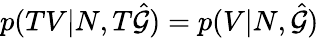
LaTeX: p(TV|N,T\hat{\mathcal{G}})=p(V|N,\hat{\mathcal{G}})